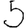
Digit: 5